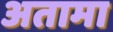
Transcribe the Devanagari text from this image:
अतामा